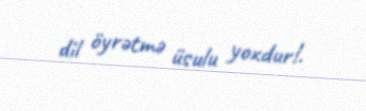
dil öyrətmə üsulu yoxdur!.